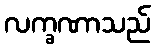
လက္ခဏာသည်